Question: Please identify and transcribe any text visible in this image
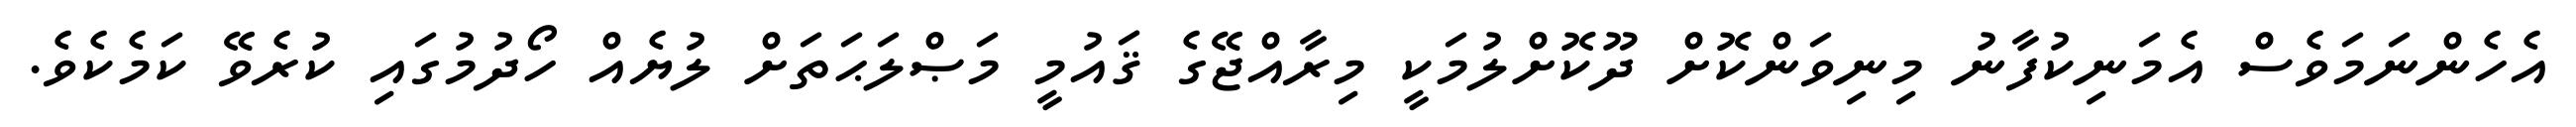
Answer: އެހެންނަމަވެސް އެމަނިކުފާނު މިނިވަންކޮށް ދޫކޮށްލުމަކީ މިރާއްޖޭގެ ޤައުމީ މަޞްލަޙަތަށް ލުޔެއް ހޯދުމުގައި ކުރެވޭ ކަމެކެވެ.